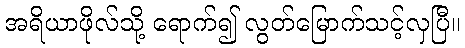
အရိယာဖိုလ်သို့ ရောက်၍ လွတ်မြောက်သင့်လှပြီ။